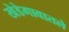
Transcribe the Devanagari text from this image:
खेडेगावातले